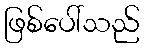
ဖြစ်ပေါ်သည်